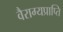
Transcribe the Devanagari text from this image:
वैराग्यप्राप्ति